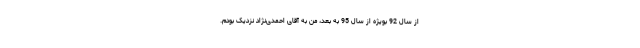
از سال 92 بویژه از سال 95 به بعد، من به آقای احمدی‌نژاد نزدیک بودم.